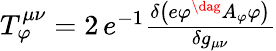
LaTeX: \begin{array}{r}{T_{\varphi}^{\mu\nu}=2\, e^{-1}\frac{\delta\left(e\varphi^{\dag}A_{\varphi}\varphi\right)}{\delta g_{\mu\nu}}}\end{array}